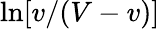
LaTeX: \ln[v/(V-v)]